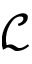
\mathcal { L }